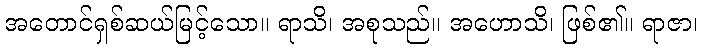
အတောင်ရှစ်ဆယ်မြင့်သော။ ရာသိ၊ အစုသည်။ အဟောသိ၊ ဖြစ်၏။ ရာဇာ၊